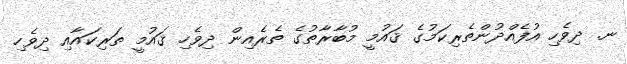
ނ. ދިވެހި އުފެއްދުންތެރިކަމުގެ ޤައުމީ މުބާރާތުގެ ތެރެއިން ދިވެހި ޤައުމީ ތަރިކައާއި ދިވެހި